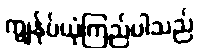
ကျွန်ုပ်ယုံကြည်ပါသည်